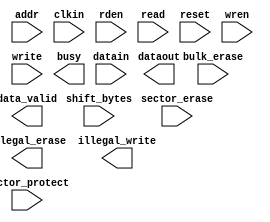
// megafunction wizard: %ALTASMI_PARALLEL%VBB%
// GENERATION: STANDARD
// VERSION: WM1.0
// MODULE: ALTASMI_PARALLEL 

// ============================================================
// Megafunction Name(s):
// 			ALTASMI_PARALLEL
//
// Simulation Library Files(s):
// 			
// ============================================================
// ************************************************************
// THIS IS A WIZARD-GENERATED FILE. DO NOT EDIT THIS FILE!
//
// 13.0.1 Build 232 06/12/2013 SP 1 SJ Web Edition
// ************************************************************

//Copyright (C) 1991-2013 Altera Corporation
//Your use of Altera Corporation's design tools, logic functions 
//and other software and tools, and its AMPP partner logic 
//functions, and any output files from any of the foregoing 
//(including device programming or simulation files), and any 
//associated documentation or information are expressly subject 
//to the terms and conditions of the Altera Program License 
//Subscription Agreement, Altera MegaCore Function License 
//Agreement, or other applicable license agreement, including, 
//without limitation, that your use is for the sole purpose of 
//programming logic devices manufactured by Altera and sold by 
//Altera or its authorized distributors.  Please refer to the 
//applicable agreement for further details.

module ASMI2 (
	addr,
	bulk_erase,
	clkin,
	datain,
	rden,
	read,
	reset,
	sector_erase,
	sector_protect,
	shift_bytes,
	wren,
	write,
	busy,
	data_valid,
	dataout,
	illegal_erase,
	illegal_write)/* synthesis synthesis_clearbox = 1 */;

	input	[23:0]  addr;
	input	  bulk_erase;
	input	  clkin;
	input	[7:0]  datain;
	input	  rden;
	input	  read;
	input	  reset;
	input	  sector_erase;
	input	  sector_protect;
	input	  shift_bytes;
	input	  wren;
	input	  write;
	output	  busy;
	output	  data_valid;
	output	[7:0]  dataout;
	output	  illegal_erase;
	output	  illegal_write;

endmodule

// ============================================================
// CNX file retrieval info
// ============================================================
// Retrieval info: LIBRARY: altera_mf altera_mf.altera_mf_components.all
// Retrieval info: PRIVATE: INTENDED_DEVICE_FAMILY STRING "Cyclone IV GX"
// Retrieval info: CONSTANT: DATA_WIDTH STRING "STANDARD"
// Retrieval info: CONSTANT: EPCS_TYPE STRING "EPCS128"
// Retrieval info: CONSTANT: INTENDED_DEVICE_FAMILY STRING "Cyclone IV GX"
// Retrieval info: CONSTANT: LPM_HINT STRING "UNUSED"
// Retrieval info: CONSTANT: LPM_TYPE STRING "altasmi_parallel"
// Retrieval info: CONSTANT: PAGE_SIZE NUMERIC "256"
// Retrieval info: CONSTANT: PORT_BULK_ERASE STRING "PORT_USED"
// Retrieval info: CONSTANT: PORT_DIE_ERASE STRING "PORT_UNUSED"
// Retrieval info: CONSTANT: PORT_EN4B_ADDR STRING "PORT_UNUSED"
// Retrieval info: CONSTANT: PORT_FAST_READ STRING "PORT_UNUSED"
// Retrieval info: CONSTANT: PORT_ILLEGAL_ERASE STRING "PORT_USED"
// Retrieval info: CONSTANT: PORT_ILLEGAL_WRITE STRING "PORT_USED"
// Retrieval info: CONSTANT: PORT_RDID_OUT STRING "PORT_UNUSED"
// Retrieval info: CONSTANT: PORT_READ_ADDRESS STRING "PORT_UNUSED"
// Retrieval info: CONSTANT: PORT_READ_DUMMYCLK STRING "PORT_UNUSED"
// Retrieval info: CONSTANT: PORT_READ_RDID STRING "PORT_UNUSED"
// Retrieval info: CONSTANT: PORT_READ_SID STRING "PORT_UNUSED"
// Retrieval info: CONSTANT: PORT_READ_STATUS STRING "PORT_UNUSED"
// Retrieval info: CONSTANT: PORT_SECTOR_ERASE STRING "PORT_USED"
// Retrieval info: CONSTANT: PORT_SECTOR_PROTECT STRING "PORT_USED"
// Retrieval info: CONSTANT: PORT_SHIFT_BYTES STRING "PORT_USED"
// Retrieval info: CONSTANT: PORT_WREN STRING "PORT_USED"
// Retrieval info: CONSTANT: PORT_WRITE STRING "PORT_USED"
// Retrieval info: CONSTANT: USE_ASMIBLOCK STRING "ON"
// Retrieval info: CONSTANT: USE_EAB STRING "ON"
// Retrieval info: CONSTANT: WRITE_DUMMY_CLK NUMERIC "0"
// Retrieval info: USED_PORT: addr 0 0 24 0 INPUT NODEFVAL "addr[23..0]"
// Retrieval info: CONNECT: @addr 0 0 24 0 addr 0 0 24 0
// Retrieval info: USED_PORT: bulk_erase 0 0 0 0 INPUT NODEFVAL "bulk_erase"
// Retrieval info: CONNECT: @bulk_erase 0 0 0 0 bulk_erase 0 0 0 0
// Retrieval info: USED_PORT: busy 0 0 0 0 OUTPUT NODEFVAL "busy"
// Retrieval info: CONNECT: busy 0 0 0 0 @busy 0 0 0 0
// Retrieval info: USED_PORT: clkin 0 0 0 0 INPUT NODEFVAL "clkin"
// Retrieval info: CONNECT: @clkin 0 0 0 0 clkin 0 0 0 0
// Retrieval info: USED_PORT: data_valid 0 0 0 0 OUTPUT NODEFVAL "data_valid"
// Retrieval info: CONNECT: data_valid 0 0 0 0 @data_valid 0 0 0 0
// Retrieval info: USED_PORT: datain 0 0 8 0 INPUT NODEFVAL "datain[7..0]"
// Retrieval info: CONNECT: @datain 0 0 8 0 datain 0 0 8 0
// Retrieval info: USED_PORT: dataout 0 0 8 0 OUTPUT NODEFVAL "dataout[7..0]"
// Retrieval info: CONNECT: dataout 0 0 8 0 @dataout 0 0 8 0
// Retrieval info: USED_PORT: illegal_erase 0 0 0 0 OUTPUT NODEFVAL "illegal_erase"
// Retrieval info: CONNECT: illegal_erase 0 0 0 0 @illegal_erase 0 0 0 0
// Retrieval info: USED_PORT: illegal_write 0 0 0 0 OUTPUT NODEFVAL "illegal_write"
// Retrieval info: CONNECT: illegal_write 0 0 0 0 @illegal_write 0 0 0 0
// Retrieval info: USED_PORT: rden 0 0 0 0 INPUT NODEFVAL "rden"
// Retrieval info: CONNECT: @rden 0 0 0 0 rden 0 0 0 0
// Retrieval info: USED_PORT: read 0 0 0 0 INPUT NODEFVAL "read"
// Retrieval info: CONNECT: @read 0 0 0 0 read 0 0 0 0
// Retrieval info: USED_PORT: reset 0 0 0 0 INPUT NODEFVAL "reset"
// Retrieval info: CONNECT: @reset 0 0 0 0 reset 0 0 0 0
// Retrieval info: USED_PORT: sector_erase 0 0 0 0 INPUT NODEFVAL "sector_erase"
// Retrieval info: CONNECT: @sector_erase 0 0 0 0 sector_erase 0 0 0 0
// Retrieval info: USED_PORT: sector_protect 0 0 0 0 INPUT NODEFVAL "sector_protect"
// Retrieval info: CONNECT: @sector_protect 0 0 0 0 sector_protect 0 0 0 0
// Retrieval info: USED_PORT: shift_bytes 0 0 0 0 INPUT NODEFVAL "shift_bytes"
// Retrieval info: CONNECT: @shift_bytes 0 0 0 0 shift_bytes 0 0 0 0
// Retrieval info: USED_PORT: wren 0 0 0 0 INPUT NODEFVAL "wren"
// Retrieval info: CONNECT: @wren 0 0 0 0 wren 0 0 0 0
// Retrieval info: USED_PORT: write 0 0 0 0 INPUT NODEFVAL "write"
// Retrieval info: CONNECT: @write 0 0 0 0 write 0 0 0 0
// Retrieval info: GEN_FILE: TYPE_NORMAL ASMI2.v TRUE FALSE
// Retrieval info: GEN_FILE: TYPE_NORMAL ASMI2.qip TRUE FALSE
// Retrieval info: GEN_FILE: TYPE_NORMAL ASMI2.bsf TRUE TRUE
// Retrieval info: GEN_FILE: TYPE_NORMAL ASMI2_inst.v TRUE TRUE
// Retrieval info: GEN_FILE: TYPE_NORMAL ASMI2_bb.v TRUE TRUE
// Retrieval info: GEN_FILE: TYPE_NORMAL ASMI2.inc TRUE TRUE
// Retrieval info: GEN_FILE: TYPE_NORMAL ASMI2.cmp TRUE TRUE